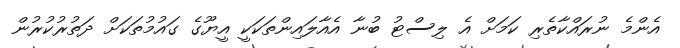
އެންމެ ނުރައްކާތެރި ކަމަށް އެ ލިސްޓު ބުނާ އެއާލައިންތަކަކީ އީޔޫގެ ގައުމުތަކަށް ދަތުރުކުރުން